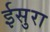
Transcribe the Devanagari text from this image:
ईसुरा